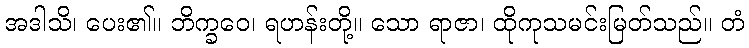
အဒါသိ၊ ပေး၏။ ဘိက္ခဝေ၊ ရဟန်းတို့။ သော ရာဇာ၊ ထိုကုသမင်းမြတ်သည်။ တံ